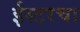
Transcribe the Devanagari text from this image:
ईस्टरचा